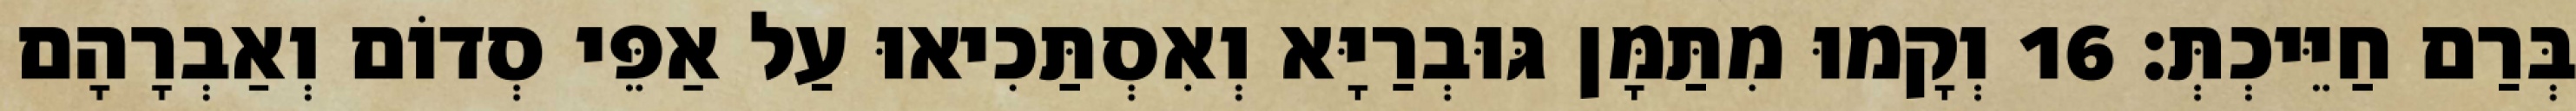
בְּרַם חַיֵּיכְתְּ׃ 16 וְקָמוּ מִתַּמָּן גּוּבְרַיָּא וְאִסְתַּכִיאוּ עַל אַפֵּי סְדוֹם וְאַבְרָהָם